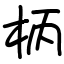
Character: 柄